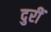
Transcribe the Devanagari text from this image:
दुरीं